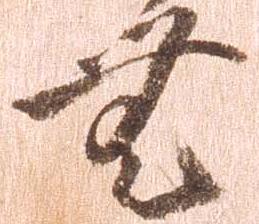
無